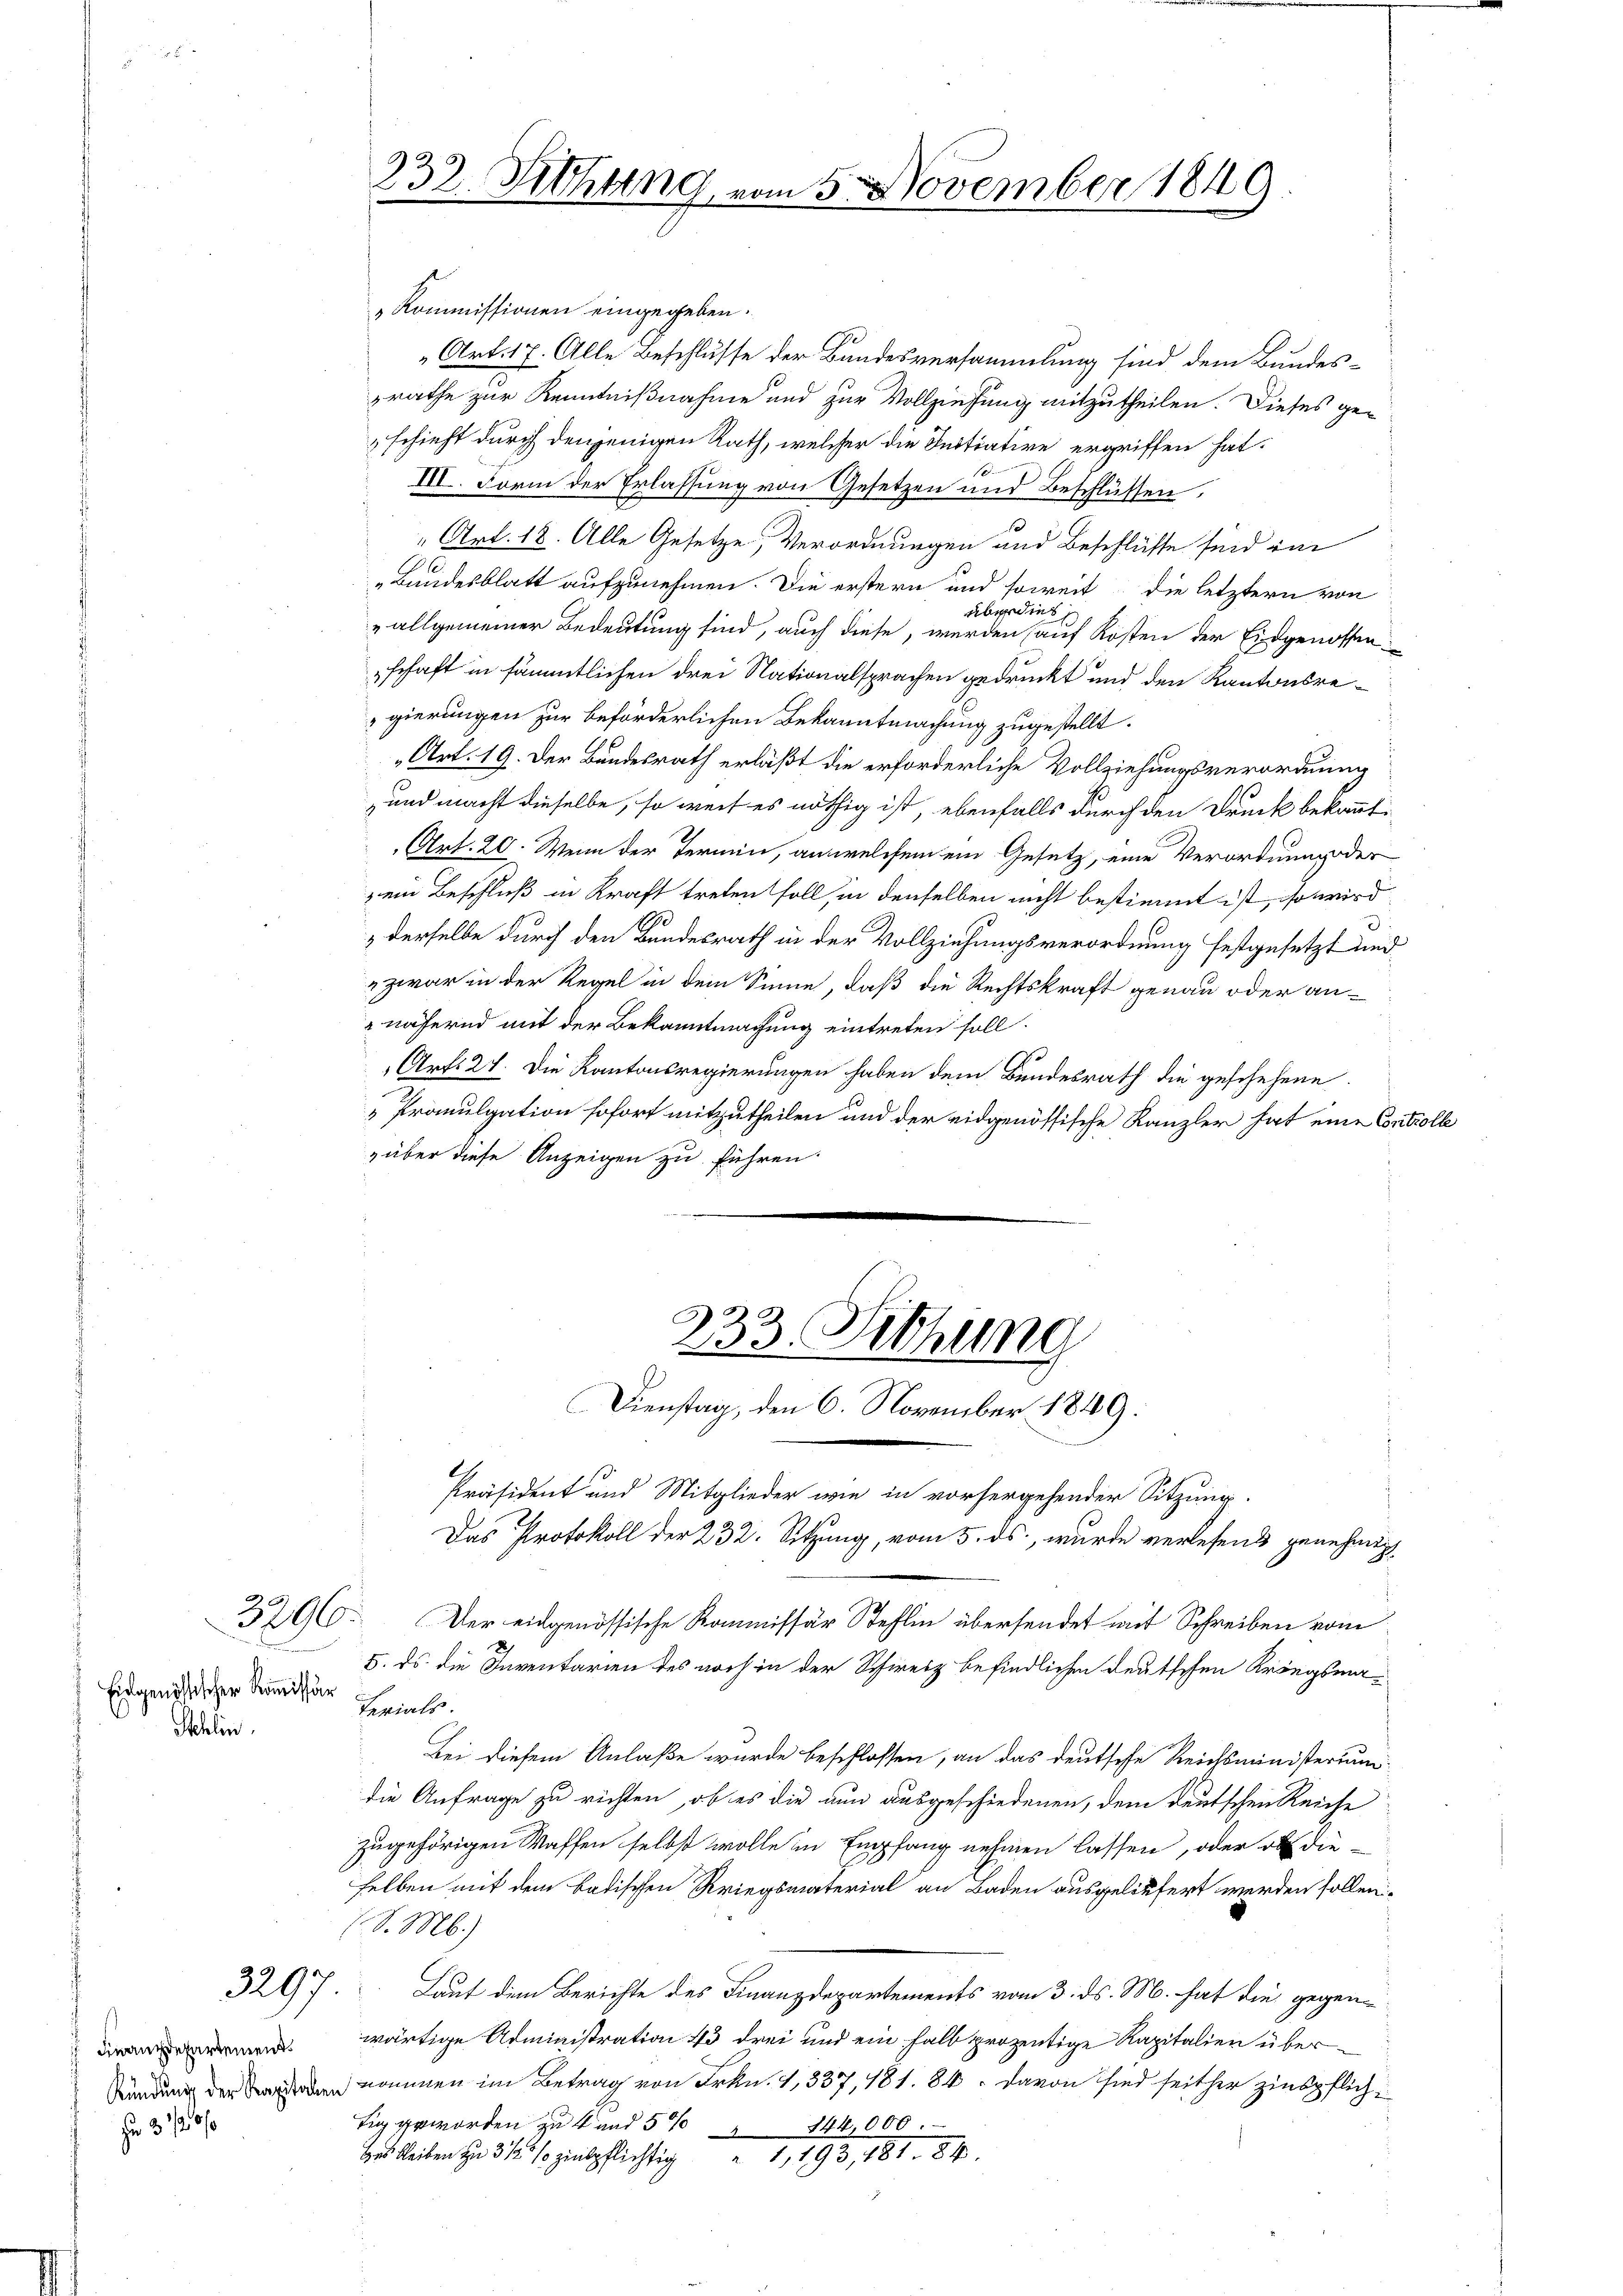
Eidgenössischer Kommissär
Schlin

Finanzdepartement
Kündung der Kapitalen
r 3 1/20

233. Sitzung vom 5. November 1849.

„Kommissionen eingegeben.
Art. 17. Alle Beschlüsse der Bandesversammlung sind dem Bundeszrathe zur Kenntnißnahme und zur Vollziehung mitzutheilen. Dieses ge-
schieht durch denjenigen Rath, welcher die Initiative ergriffen hat.

III. Form der Erlassung von Gesetzen und Beschlüssen,
" Art. 18. Alle Gesetze, Verordnungen und Beschlüsse seid im
21
Bundesblatt aufzunehmen. Die erstern und soweit die letztern von
überdies,
„allgemeiner Bedeutung sind, auch diese, werden auf Kosten der Eidgenossenschaft in sämmtlichen drei Nationalsprachen gedruckt und den Kantonsrei
gierungen zur beförderlichen Bekanntmachung zugestellt.
„Art. 19. Der Bundesrath erläßt die erforderliche Vollziehungsverordnung
und macht dieselbe, so weil es nöthig ist, ebenfalls durch den Druck bekannt:
Art. 20. Wenn der Termin, an welchem ein Gesetz, eine Verordnung der
ein Beschluß in Kraft treten soll, in denselben nicht bestimmt ist, so wird
derselbe durch den Bundesrath in der Vollziehungsverordnung festgesetzt und
" zwar in der Regel in dem Sinne, daß die Rechtskraft genau oder an¬
"nähernd mit der Bekanntmachung eintreten soll.
Art. 27. Die Kantonsregierungen haben dem Bundesrath die geschehene
" Promulgation sofort mitzutheilen und der eidgenössische Kanzler hat eine Controlle
„über diese Anzeigen zu führen.
233. Sitzung
Dienstag, den 6. November 1849.
Präsident und Mitglieder wie in vorhergehender Sitzung.
Das Protokoll der 232. Sitzung, vom 5. ds., wurde verlesend genehmigt
390. Der eidgenössische Kommissär Stehlin übersendet mit Schreiben vom
5. ds. die Inventarien des noch in der Schweiz befindlichen Deutschen Kriegsmaterials.
Bei diesem Anlaße wurde beschlossen, an das deutsche Reichsministerium
die Anfrage zu richten, ob es die nun ausgeschiedenen, dem deutschen Reiche
zugehörigen Waffen selbst wolle in Empfang nehmen lassen, oder ob die-
selben mit dem badischen Kriegsmaterial an Baden ausgeliefert werden sollen.
(d. M.)
3297. Laut dem Berichte des Finanzdepartements vom 3. ds. M. hat die gegenwärtige Administration 43 drei und ein halb prozentige Kapitalien übernommen im Betrag von Frkn. 1, 337, 181. 84. davon sind seither zinspflich¬
Tig geworden zu 4 und 5% " 144,000.
 bleiben zu 3/4 s. zinspflichtig  1,193, 181. 84.